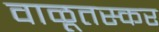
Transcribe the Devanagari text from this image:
वाळूतस्कर